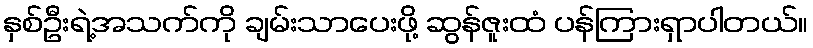
နှစ်ဦးရဲ့အသက်ကို ချမ်းသာပေးဖို့ ဆွန်ဇူးထံ ပန်ကြားရှာပါတယ်။